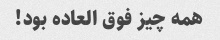
همه چیز فوق العاده بود!